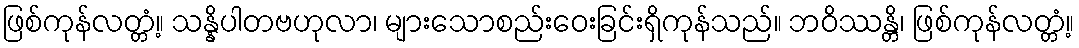
ဖြစ်ကုန်လတ္တံ့။ သန္နိပါတဗဟုလာ၊ များသောစည်းဝေးခြင်းရှိကုန်သည်။ ဘဝိဿန္တိ၊ ဖြစ်ကုန်လတ္တံ့။